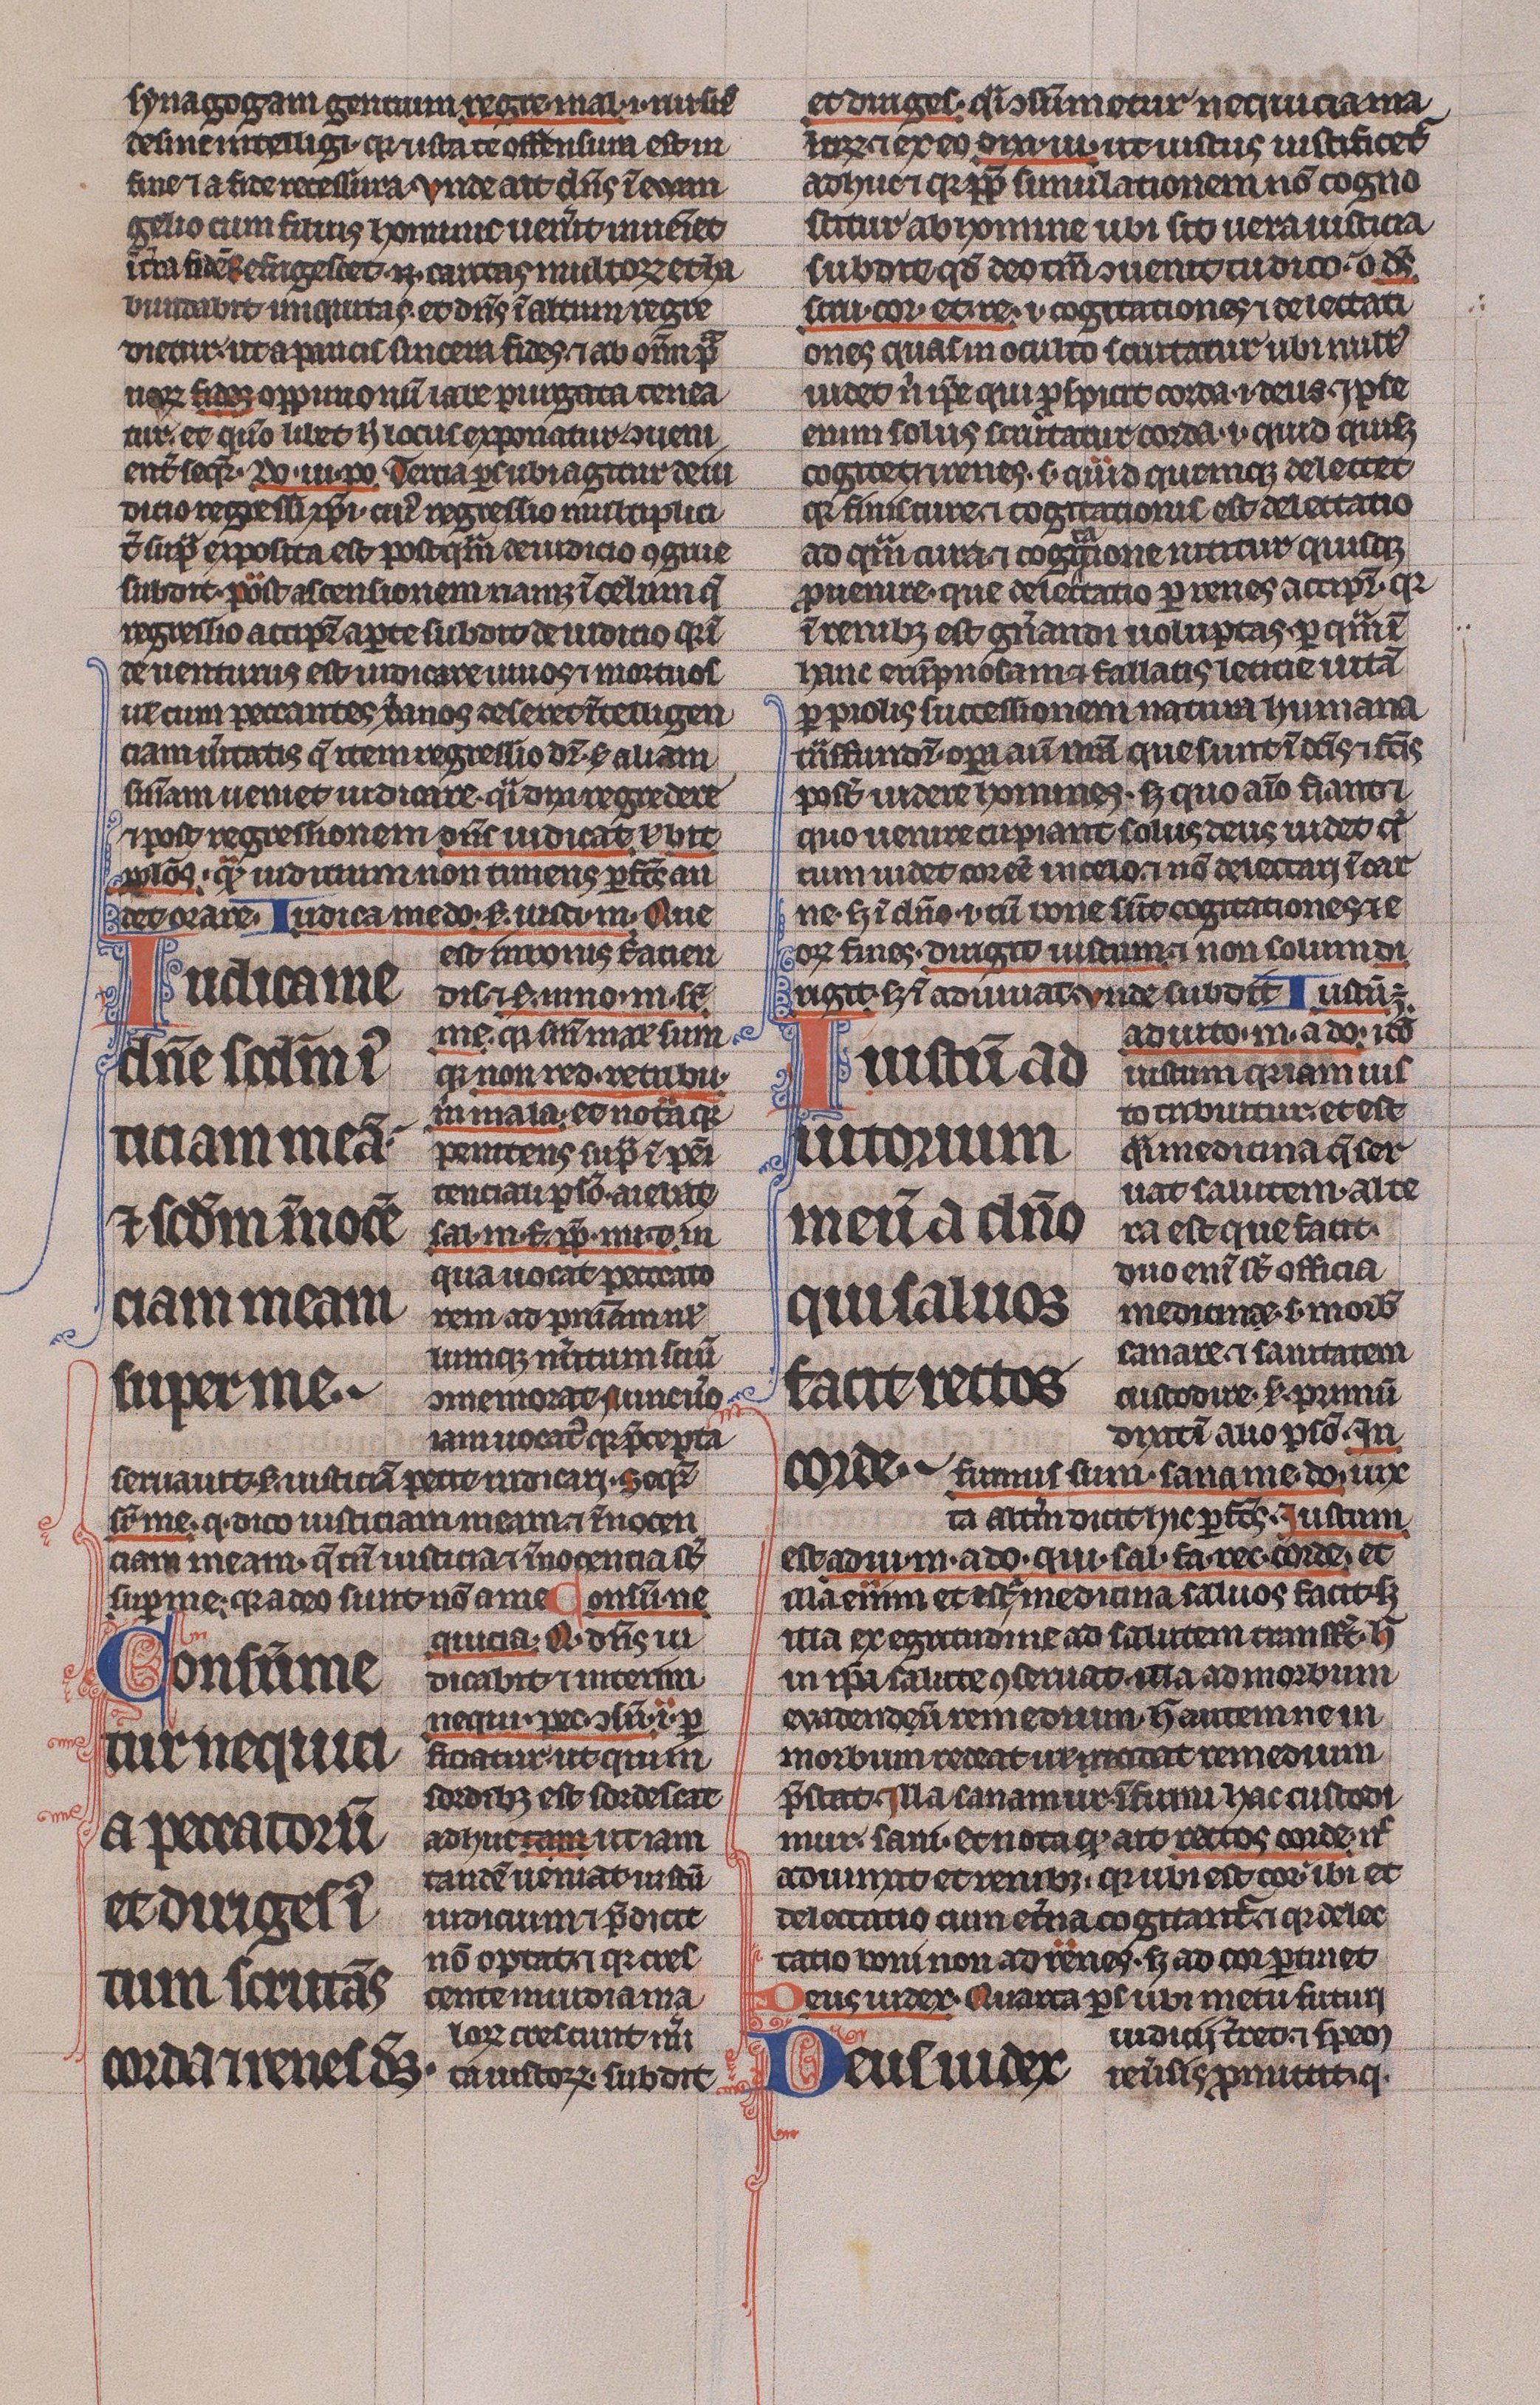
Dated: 1225–1250